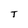
Character: T